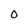
Character: 0